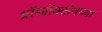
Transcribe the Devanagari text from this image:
थ्रॉम्बॉक्सेनच्या